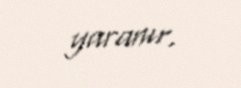
yaranır.